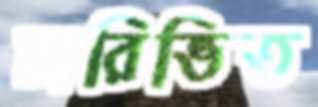
চারিভিত